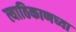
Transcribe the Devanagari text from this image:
त्याठिकाणच्या